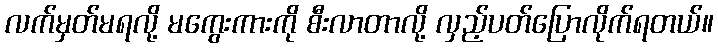
လက်မှတ်မရလို့ မကွေးကားကို စီးလာတာလို့ လှည့်ပတ်ပြောလိုက်ရတယ်။